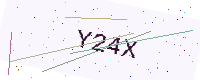
Text: Y24X